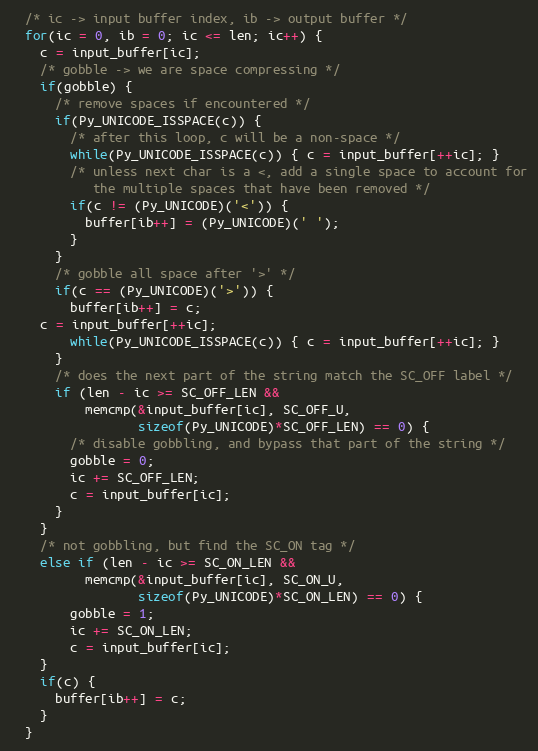
Language: C
  /* ic -> input buffer index, ib -> output buffer */
  for(ic = 0, ib = 0; ic <= len; ic++) {
    c = input_buffer[ic];
    /* gobble -> we are space compressing */
    if(gobble) {
      /* remove spaces if encountered */
      if(Py_UNICODE_ISSPACE(c)) {
        /* after this loop, c will be a non-space */
        while(Py_UNICODE_ISSPACE(c)) { c = input_buffer[++ic]; }
        /* unless next char is a <, add a single space to account for
           the multiple spaces that have been removed */
        if(c != (Py_UNICODE)('<')) {
          buffer[ib++] = (Py_UNICODE)(' ');
        }
      }
      /* gobble all space after '>' */
      if(c == (Py_UNICODE)('>')) {
        buffer[ib++] = c;
	c = input_buffer[++ic];
        while(Py_UNICODE_ISSPACE(c)) { c = input_buffer[++ic]; }
      }
      /* does the next part of the string match the SC_OFF label */
      if (len - ic >= SC_OFF_LEN &&
          memcmp(&input_buffer[ic], SC_OFF_U,
                 sizeof(Py_UNICODE)*SC_OFF_LEN) == 0) {
        /* disable gobbling, and bypass that part of the string */
        gobble = 0;
        ic += SC_OFF_LEN;
        c = input_buffer[ic];
      }
    }
    /* not gobbling, but find the SC_ON tag */
    else if (len - ic >= SC_ON_LEN &&
          memcmp(&input_buffer[ic], SC_ON_U,
                 sizeof(Py_UNICODE)*SC_ON_LEN) == 0) {
        gobble = 1;
        ic += SC_ON_LEN;
        c = input_buffer[ic];
    }
    if(c) {
      buffer[ib++] = c;
    }
  }